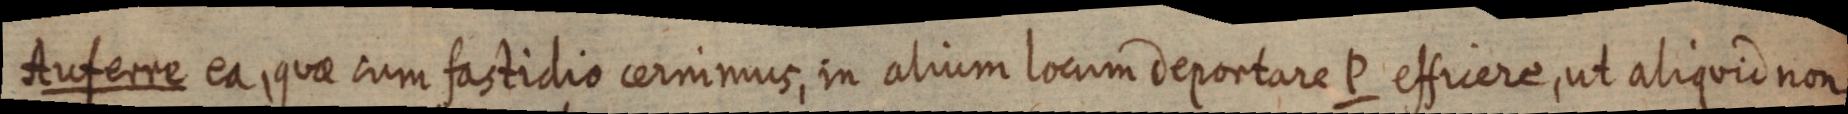
Auferre ea, quae cum fastidio cernimus, in alium locum deportare P efficere, ut aliquid non